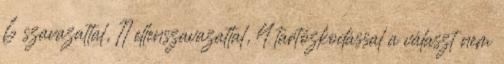
6 szavazattal, 11 ellenszavazattal, 4 tartózkodással a választ nem